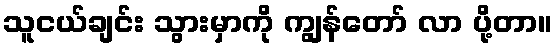
သူငယ်ချင်း သွားမှာကို ကျွန်တော် လာ ပို့တာ။